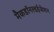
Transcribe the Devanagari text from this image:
मैकडॉनल्डईजेशन